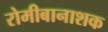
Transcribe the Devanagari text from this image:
रोमीबानाशक